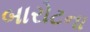
બારોટના